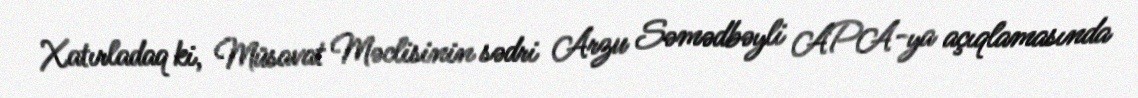
Xatırladaq ki, Müsavat Məclisinin sədri Arzu Səmədbəyli APA-ya açıqlamasında